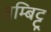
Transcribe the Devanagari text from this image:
तम्बिट्टू